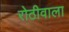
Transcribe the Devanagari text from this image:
रोठीवाला